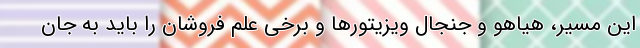
این مسیر، هیاهو و جنجال ویزیتورها و برخی علم فروشان را باید به جان